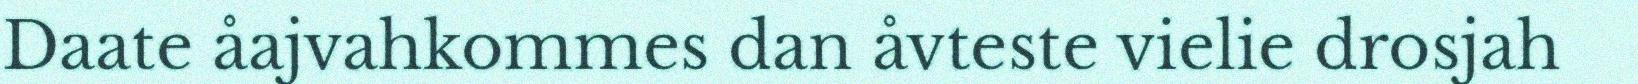
Daate åajvahkommes dan åvteste vielie drosjah